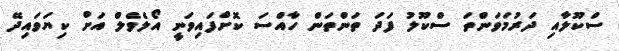
ސްކޫލާއި ދަރުމަވަންތަ ސްކޫލު ފަދަ ތަންތަން ހާއްސަ ކޮށްފައިވަނީ އޯލެވެލް އަށް ކިޔަވައިދޭ